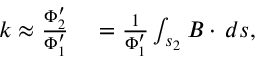
\begin{array} { r l } { k \approx \frac { \Phi _ { 2 } ^ { \prime } } { \Phi _ { 1 } ^ { \prime } } } & { { } = \frac { 1 } { \Phi _ { 1 } ^ { \prime } } \int _ { s _ { 2 } } B \cdot \, d s , } \end{array}